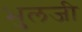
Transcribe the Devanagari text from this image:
भुलजी